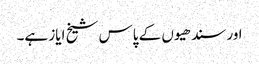
اور سندھیوں کے پاس شیخ ایاز ہے۔